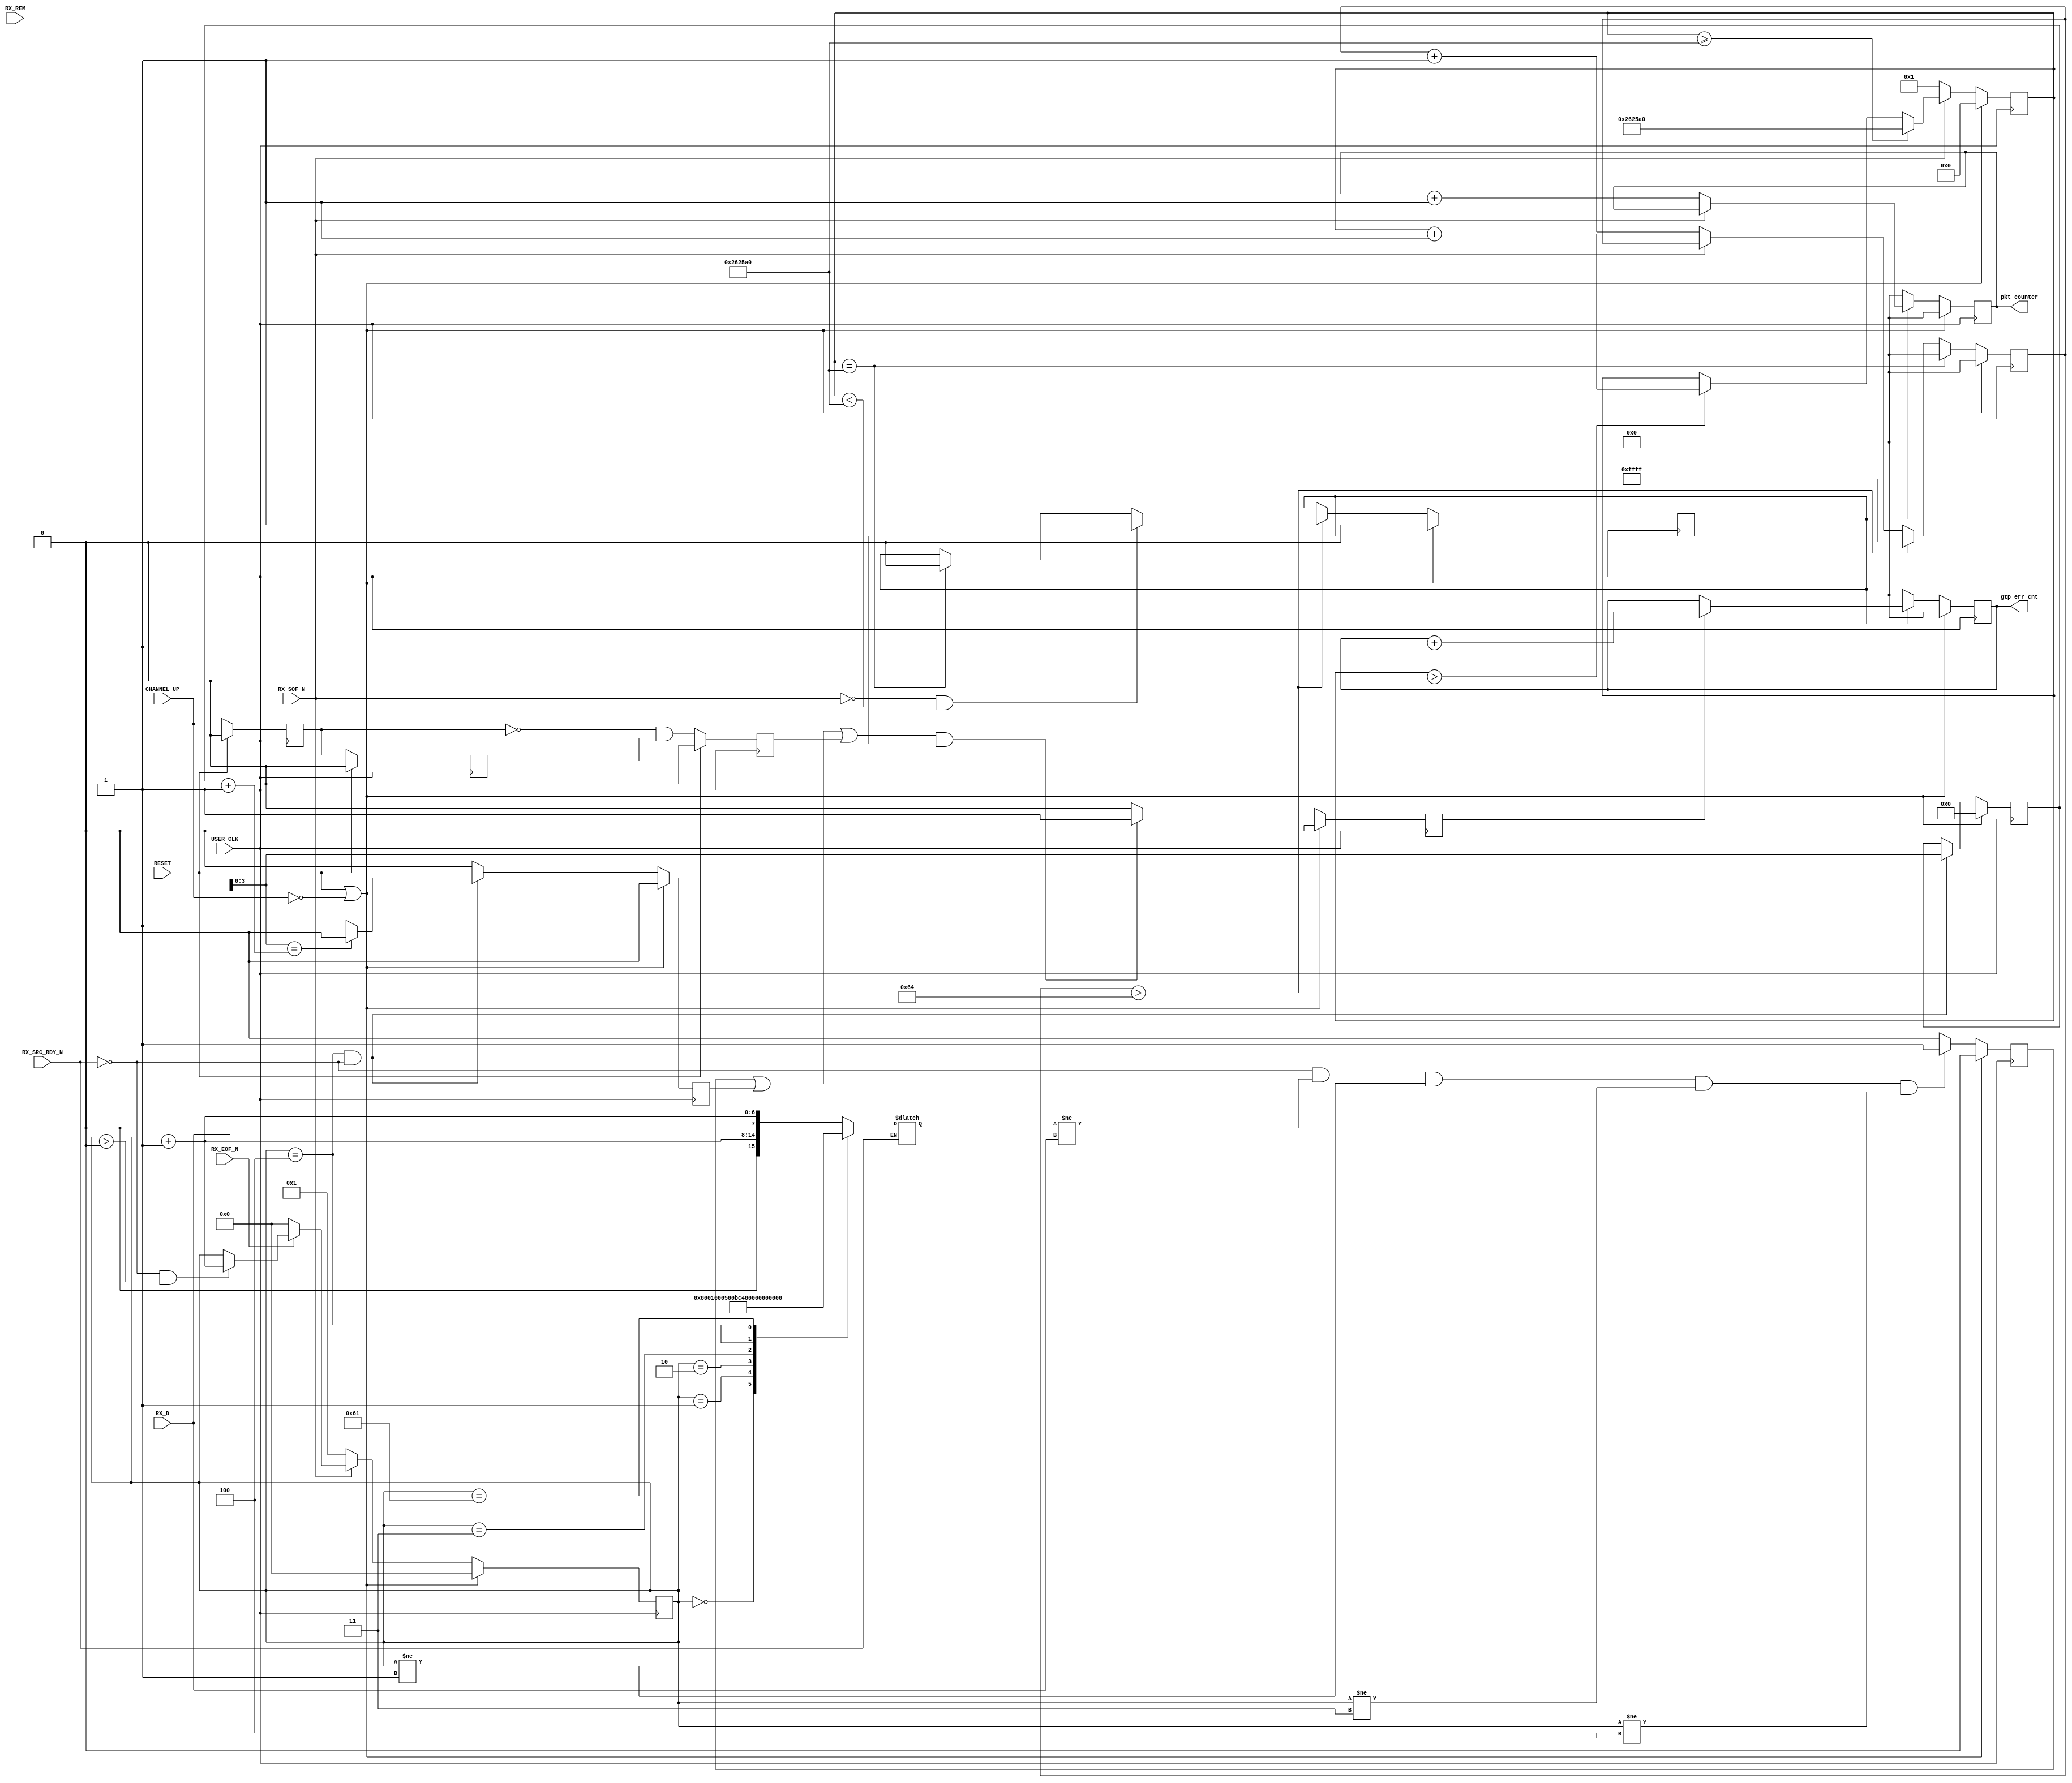
module aurora_8b10b_v8_3_FRAME_CHECK
(
    // User Interface
    RX_D, 
    RX_REM,    
    RX_SOF_N,      
    RX_EOF_N,
    RX_SRC_RDY_N,

    // System Interface
    USER_CLK,      
    RESET,
    CHANNEL_UP,
    pkt_counter,
    gtp_err_cnt
);

//***********************************Port Declarations*******************************

parameter PKT_NUM = 100;
parameter TIME_1S = 2500000;
    // User Interface
    input   [0:15]     RX_D;
    input              RX_REM;
    input              RX_SOF_N;
    input              RX_EOF_N;
	 (* KEEP = "TRUE" *)
    input              RX_SRC_RDY_N;
    // System Interface
    input              USER_CLK;
    input              RESET;
    input              CHANNEL_UP;
    
    output  [15:0]     gtp_err_cnt;
    output  [15:0]     pkt_counter;
    
    wire               rst;
    reg     [15:0]     gtp_err_cnt;
    reg                err_flag;
	 (* KEEP = "TRUE" *)
    reg     [15:0]     check_data;
    
    reg     [9:0]      counter;
	 (* KEEP = "TRUE" *)
    reg     [6:0]      word_cnt;
    wire    [6:0]      word_cnt_buf;
    wire    [3:0]      ts_cc;
    wire    [12:0]     ts_pid;
    wire    [3:0]      dst_chn;
    reg     [15:0]     pkt_counter;
(* KEEP = "TRUE" *)
reg                start;
reg                channel_up_1dly;
reg                channel_up_2dly;
(* KEEP = "TRUE" *)
reg                neg_channel_up;
reg     [15:0]     link_err_cnt;
(* KEEP = "TRUE" *)
reg     [3:0]      ts_cc_buf;
(* KEEP = "TRUE" *)
reg                cc_error;
reg     [15:0]     p_cnt;
wire    [3:0]      temp;
reg     [31:0]     time_cnt;
(* KEEP = "TRUE" *)
reg                data_err;
 
assign rst = RESET || !CHANNEL_UP;

//check receive data
always@(posedge USER_CLK)
begin
    if(rst == 1'b1)
    begin
        data_err    <=    1'b0;
    end
    else if((RX_SRC_RDY_N==1'b0) && (check_data[15:0]!=RX_D[0:15]) && (word_cnt !=1) && (word_cnt != 3) && (word_cnt != 4))
    begin
	     data_err    <=    1'b1;
    end
    else
        data_err    <=    1'b0;
end		  

always@(posedge USER_CLK)
begin
    if(rst==1'b1)
    begin
        err_flag    <=  1'b0;
    end
    else if(((data_err==1'b1) || (cc_error==1'b1) || (neg_channel_up==1'b1)) && (start==1'b1))
    begin
        err_flag    <=  1'b1;
    end
    else
    begin
        err_flag    <=  1'b0;
    end
end
        
always@(posedge USER_CLK)
begin
    if(rst==1'b1)
    begin
        gtp_err_cnt <=  {16{1'b0}};
    end
    else if(start==1'b0)
    //else if(time_cnt==TIME_1S)
    begin
        gtp_err_cnt <=  {16{1'b0}};
    end
    else if(err_flag==1'b1)
    begin
        gtp_err_cnt <=  gtp_err_cnt + 'h1;
    end
end

always@(posedge USER_CLK)
begin
    if(rst==1'b1)
    begin
        pkt_counter <=  {16{1'b0}};
    end
    else if(start==1'b0)
    begin
        pkt_counter <=  {16{1'b0}};
    end
    else if(RX_SOF_N==1'b0)
    begin
        pkt_counter <=  pkt_counter + 'h1;
    end
end

always@(posedge USER_CLK)
begin
    if(RESET==1'b1)
    begin
        channel_up_1dly <=  1'b0;
        channel_up_2dly <=  1'b0;
        neg_channel_up  <=  1'b0;
    end
    else
    begin
        channel_up_1dly <=  CHANNEL_UP;
        channel_up_2dly <=  channel_up_1dly;
        neg_channel_up  <=  (~channel_up_1dly) & channel_up_2dly;
    end
end     

always@(posedge USER_CLK or posedge RESET)
begin
    if(RESET==1'b1)
    begin
        link_err_cnt    <=  16'h0000;
    end
    else if(neg_channel_up==1'b1)
    begin
        link_err_cnt    <=  link_err_cnt + 'h1;
    end
end

////////////////////////////////////////////////////////////////////
//check data
//////////////////////////////////////////////////////////////////// 
always@(posedge USER_CLK)
begin
    if(rst==1'b1)
    begin
        p_cnt   <=  {16{1'b0}};
    end
    else if(time_cnt==TIME_1S)
    begin
        p_cnt   <=  {16{1'b0}};
    end
    else if(p_cnt>PKT_NUM)    
    begin
        p_cnt   <=  {16{1'b1}};
    end
    else if(RX_SOF_N==1'b0)
    begin
        p_cnt   <=  p_cnt + 'h1;
    end
end

always@(posedge USER_CLK)
begin
    if(rst==1'b1)
    begin
        time_cnt    <=  {32{1'b0}};
    end
    else if(RX_SOF_N==1'b0)
    begin
        time_cnt    <=  32'd1;
    end
    else if(time_cnt>=TIME_1S)
    begin
        time_cnt    <=  TIME_1S;
    end
    else if(time_cnt>0)
    begin
        time_cnt    <=  time_cnt + 'h1;
    end
end

always@(posedge USER_CLK)
begin
    if(rst==1'b1)
    begin
        start   <=  1'b0;
    end
    else if(p_cnt>PKT_NUM)
    begin
        if((RX_SOF_N==1'b0) && (time_cnt<TIME_1S))
        begin
            start   <=  1'b1;
        end
        else if(time_cnt==TIME_1S)
        begin
            start   <=  1'b0;
        end
    end
end
    
always @(posedge USER_CLK)  
begin
    if(rst==1'b1)
    begin
        ts_cc_buf   <=  4'h0;
    end
    else if((word_cnt==4) && (RX_SRC_RDY_N==1'b0))
    begin
        ts_cc_buf   <=  RX_D[12:15];
    end
end

assign  temp    =   ts_cc_buf + 4'h1;

always @(posedge USER_CLK)  
begin
    if(rst==1'b1)
    begin
        cc_error    <=  1'b0;
    end
    else if((word_cnt==4) && (RX_SRC_RDY_N==1'b0))
    begin
        if(RX_D[12:15]==temp[3:0])
        begin
            cc_error    <=  1'b0;
        end
        else
        begin
            cc_error    <=  1'b1;
        end
    end
    else
    begin
        cc_error    <=  1'b0;
    end
end
                    
always@(posedge USER_CLK)
begin
    if(rst==1'b1)
    begin
        word_cnt   <=  {7{1'b0}};
    end
    else if(RX_SOF_N==1'b0)
    begin
        word_cnt   <=  7'b000_0001;
    end
    else if(RX_EOF_N==1'b0)
    begin
        word_cnt   <=  {7{1'b0}};
    end
    else if((RX_SRC_RDY_N==1'b0) && (word_cnt>0))
    begin
        word_cnt   <=  word_cnt + 'h1;
    end
end

//always @(posedge USER_CLK)  
//begin
//    if(rst==1'b1)
//    begin
//        ts_cc    <=  4'h0;
//    end
//    else if(RX_EOF_N==1'b0)
//    begin
//        if(pkt_1st==1'b0)
//        begin
//            ts_cc   <=  ts_cc_buf + 'h1;
//        end
//        else
//        begin
//            ts_cc   <=  ts_cc + 'h1;
//        end
//    end
//end

assign  ts_cc   =   4'h0;
assign  ts_pid  =   {1'b0,12'h521};
assign  dst_chn =   4'h5;

assign  word_cnt_buf    =   word_cnt + 'h1;

always@*
begin
    if(RX_SRC_RDY_N==1'b0)
    begin
        case(word_cnt)
            //ECM PACKET
            7'd0:   check_data    =   16'h8001;                                   //packet type
            7'd1:   check_data    =   {{9{1'b0}},3'b000,dst_chn[3:0]};            //{src_slot[11:8],dst_slot[7:4],chan[3:0]}
            7'd2:   check_data    =   16'h00bc;                                   //packet length:188bytes
            7'd3:   check_data    =   {8'h47,{3{1'b0}},ts_pid[12:8]};             //ts packet;
            7'd4:   check_data    =   {ts_pid[7:0],4'h01,ts_cc[3:0]};             //1024 pid:0x100~0x4ff,only payload         
				7'd97:  check_data    =   16'h629c;
				default:check_data    =   {1'b0,word_cnt_buf[6:0],1'b0,word_cnt_buf[6:0]};     //16'h0606~16'h6262
        endcase
    end
end
        
endmodule